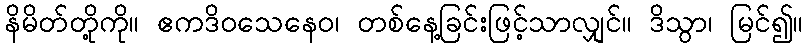
နိမိတ်တို့ကို။ ဧကဒိဝသေနေဝ၊ တစ်နေ့ခြင်းဖြင့်သာလျှင်။ ဒိသွာ၊ မြင်၍။